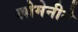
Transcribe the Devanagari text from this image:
खोमेनीने